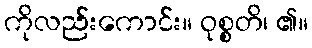
ကိုလည်းကောင်း။ ဝုစ္စတိ၊ ၏။